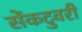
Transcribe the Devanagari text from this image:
सेंकटुवरी